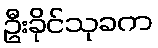
ဦးခိုင်သုခက